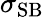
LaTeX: \sigma_{\scriptstyle\mathrm{SB}}